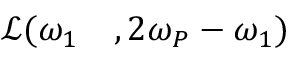
\begin{array} { r l } { \mathcal { L } ( \omega _ { 1 } } & { { } , 2 \omega _ { P } - \omega _ { 1 } ) } \end{array}